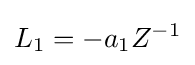
L_{1}=-a_{1}Z^{-1}